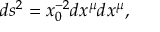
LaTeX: d s ^ { 2 } = x _ { 0 } ^ { - 2 } d x ^ { \mu } d x ^ { \mu } ,